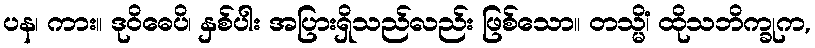
ပန၊ ကား။ ဒုဝိဓေပိ၊ နှစ်ပါး အပြားရှိသည်လည်း ဖြစ်သော။ တသ္မိံ၊ ထိုသဘိက္ခုက,